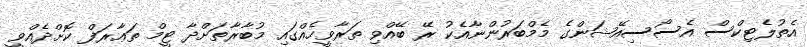
އެތުލެޓިކްސް އެސޯސިއޭޝަންގެ މެމްބަރުންނާއެކު ރޭ ބޭއްވި ތަރާވީހެއްގައި މުބާރާތަށްދާ ޓީމް ތަޢާރަފް ކޮށްދެއްވީ